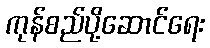
ကုန်စည်ပို့ဆောင်ရေး